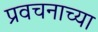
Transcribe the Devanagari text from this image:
प्रवचनाच्या